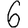
Digit: 6